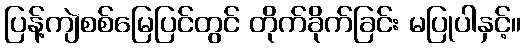
ပြန့်ကျဲစစ်မြေပြင်တွင် တိုက်ခိုက်ခြင်း မပြုပါနှင့်။